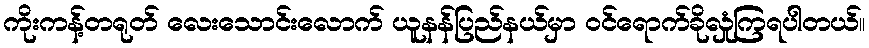
ကိုးကန့်တရုတ် လေးသောင်းလောက် ယူနန်ပြည်နယ်မှာ ဝင်ရောက်ခိုလှုံကြရပါတယ်။